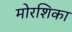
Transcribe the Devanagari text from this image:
मोरशिका